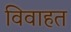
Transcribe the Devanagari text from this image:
विवाहत